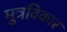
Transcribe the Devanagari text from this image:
मुत्रविकार